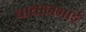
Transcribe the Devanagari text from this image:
बाबानभाई